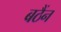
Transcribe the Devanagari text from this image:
बठैंन